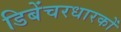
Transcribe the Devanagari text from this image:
डिबेंचरधारकों